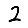
Digit: 2